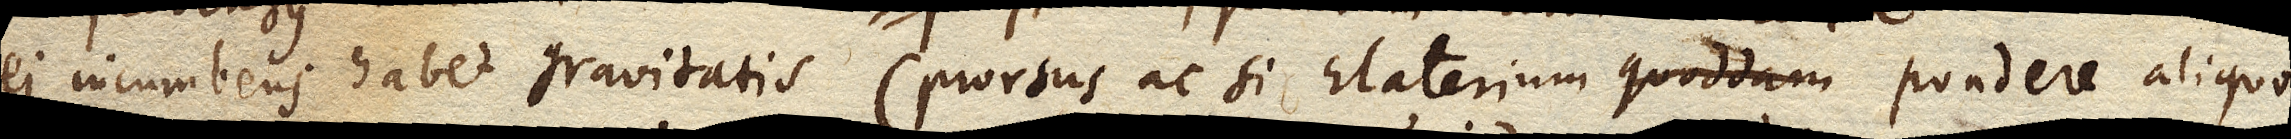
ei incumbens habet gravitatis (prorsus ac si Elaterium quoddam